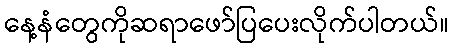
နေ့နံတွေကိုဆရာဖော်ပြပေးလိုက်ပါတယ်။